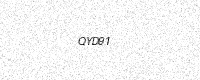
Text: QYD91